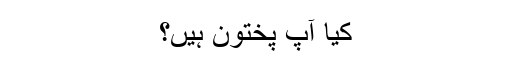
کیا آپ پختون ہیں؟